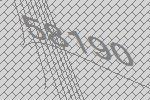
58190